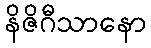
နိဇိဂီသာနော